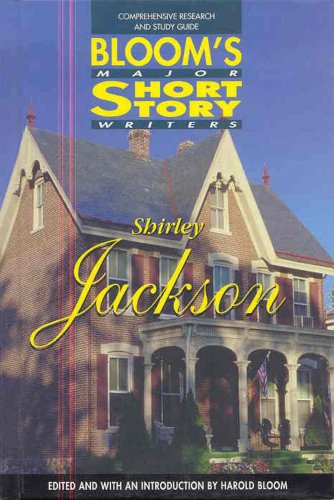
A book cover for Shirley Jackson (Bloom's Major Short Story Writers); Teen & Young Adult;